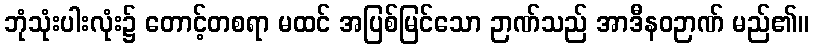
ဘုံသုံးပါးလုံး၌ တောင့်တစရာ မထင် အပြစ်မြင်သော ဉာဏ်သည် အာဒီနဝဉာဏ် မည်၏။